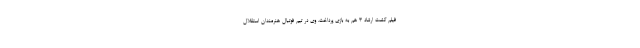
فیلم گشت ارشاد ۳ هم به بازی پرداخت. وی در تیم فوتبال هنرمندان استقلال